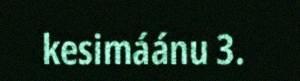
kesimáánu 3.